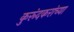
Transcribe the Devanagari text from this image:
कुरूंदकरांच्या